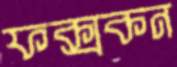
ফক্সকন